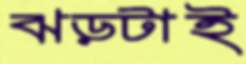
ঝড়টাই